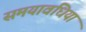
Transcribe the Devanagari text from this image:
समयावधियां